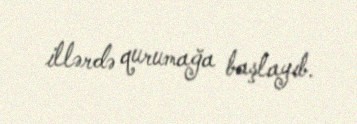
illərdə qurumağa başlayıb.